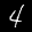
Label: 4